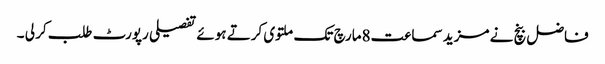
فاضل بنچ نے مزید سماعت8مارچ تک ملتوی کرتے ہوئے تفصیلی رپورٹ طلب کر لی ۔